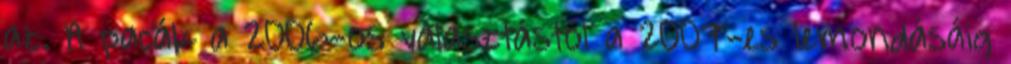
az. A pacák a 2006-os választástól a 2007-es lemondásáig